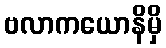
ဗလာကယောနိမှိ